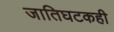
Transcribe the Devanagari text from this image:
जातिघटकही